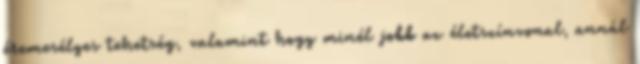
éremesélyes tehetség, valamint hogy minél jobb az életszínvonal, annál